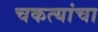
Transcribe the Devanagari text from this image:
चकत्यांचा